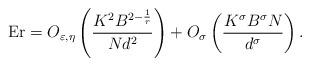
LaTeX: \begin{align*}\operatorname{Er}=O_{\varepsilon,\eta}\left(\frac{K^2 B^{2-\frac{1}{r}}}{N d^2}\right)+O_{\sigma}\left(\frac{K^\sigma B^\sigma N}{d^\sigma}\right).\end{align*}